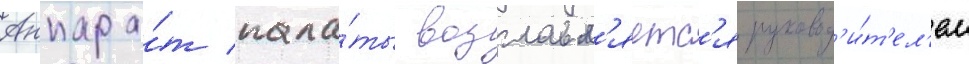
Аппара́т пала́ты возглавл'яетс'я руковод'и́т'ел'ем